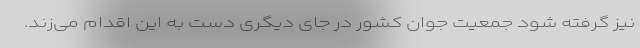
نیز گرفته شود جمعیت جوان کشور در جای دیگری دست به این اقدام می‌زند.